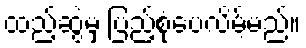
ထည့်ဆွဲမှ ပြည့်စုံပေလိမ့်မည်။